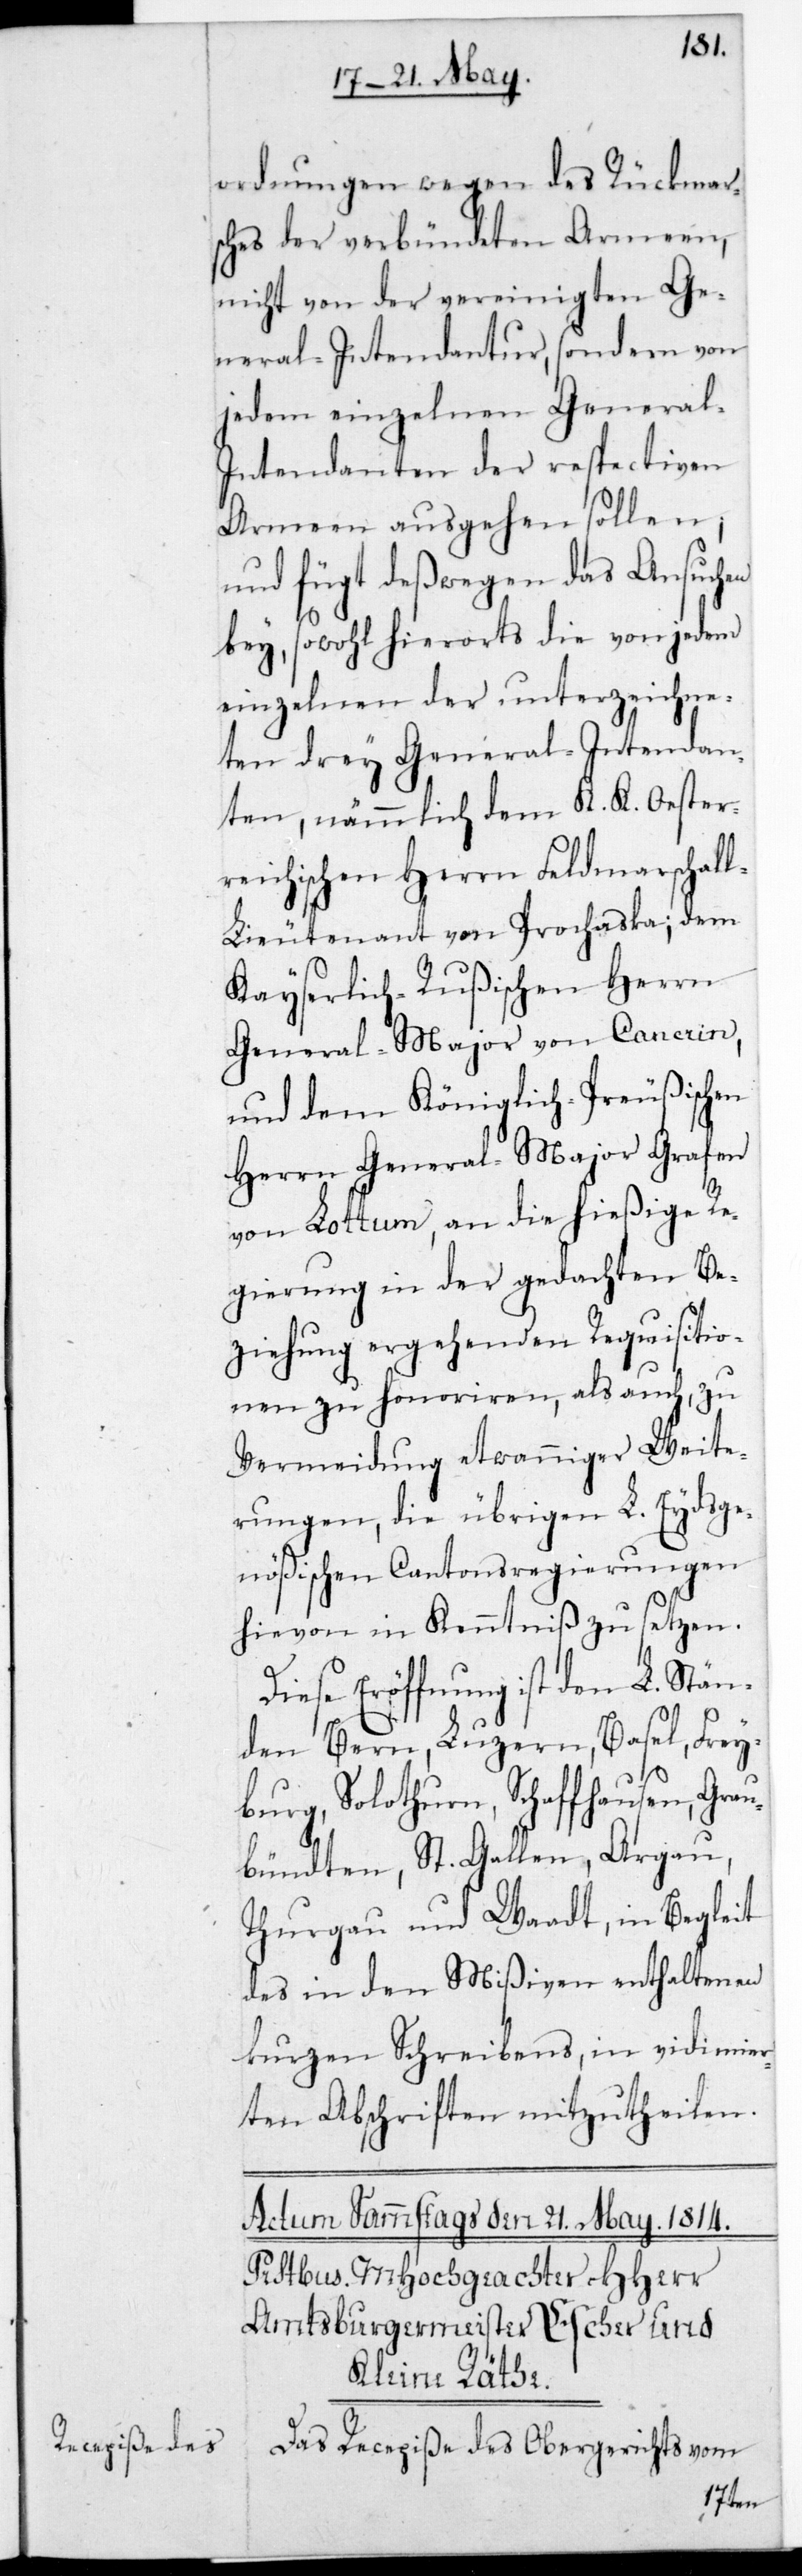
ordnungen wegen des Rückmar¬
sches der verbündeten Armeen,
nicht von der vereinigten Ge¬
neral-Intendantur, sondern von
jedem einzelnen General-I¬
ntendanten der respectiven
Armeen ausgehen sollen,
und fügt deßwegen das Ansuchen
bey, sowohl hierorts die von jedem
einzelnen der unterzeichne¬
ten drey General-Intendan¬
ten, nämmlich dem K. K. Oester¬
reichischen Herrn Feldmarschal¬
l-Lieutenant von Prochaska, dem
Kayserlich-Rußischen Herrn
General-Major von Cancrin,
und dem Königlich-Preußischen
Herrn General-Major Grafen
von Lottum, an die hießige Re¬
gierung in der gedachten Be¬
ziehung ergehenden Requisitio¬
nen zu honorieren, als auch zu
Vermeidung etwanniger Weite¬
rungen, die übrigen L. Eydsge¬
nößischen Cantonsregierungen
hievon in Kenntniß zu setzen.
Diese Eröffnung ist den L. Stän¬
den Bern, Luzern, Basel, Frey¬
burg, Solothurn, Schaffhausen, Grau¬
bündten, St. Gallen, Argau,
Thurgau und Waadt, in Begleit
des in den Mißiven enthaltenen
kurzen Schreibens in vidimier¬
ten Abschriften mitzutheilen.
Das Recepiße des Obergerichts vom